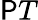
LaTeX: \mathsf{P}T